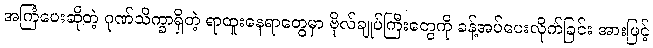
အကြံပေးဆိုတဲ့ ဂုဏ်သိက္ခာရှိတဲ့ ရာထူးနေရာတွေမှာ ဗိုလ်ချုပ်ကြီးတွေကို ခန့်အပ်ပေးလိုက်ခြင်း အားဖြင့်